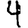
Digit: 4